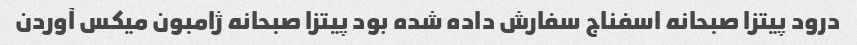
درود پیتزا صبحانه اسفناج سفارش داده شده بود پیتزا صبحانه ژامبون میکس آوردن